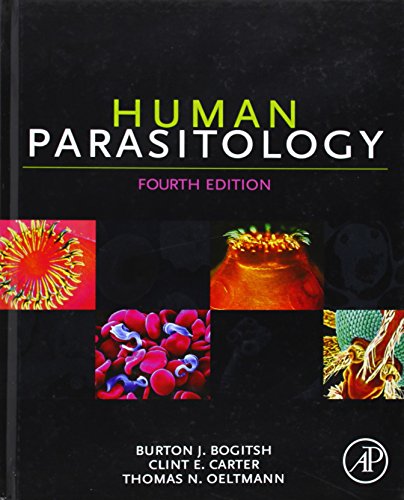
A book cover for Human Parasitology, Fourth Edition; Burton J. Bogitsh; Medical Books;